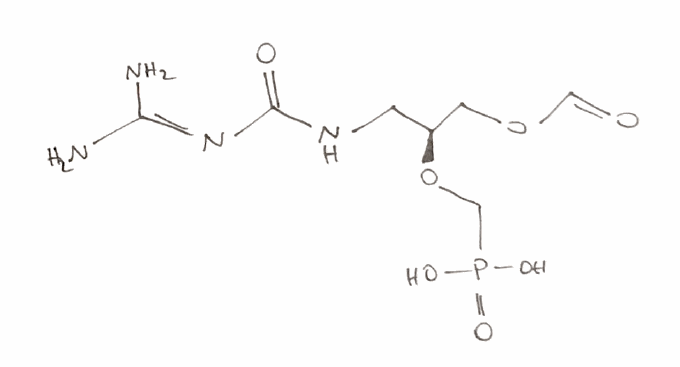
Simplified molecular-input line-entry system (SMILES) notation of the given molecule:
C([C@@H](COC=O)OCP(=O)(O)O)NC(=O)N=C(N)N